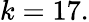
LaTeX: k=17.